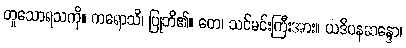
တူသောရသကို။ ကရောသိ၊ ပြုဘိ၏။ တေ၊ သင်မင်းကြီးအား။ ယဒိပနဆန္ဒော၊